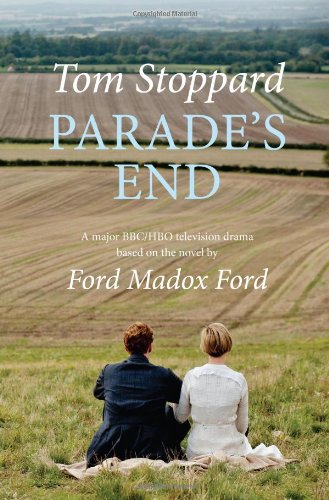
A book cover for Parade's End; Tom Stoppard; Humor & Entertainment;